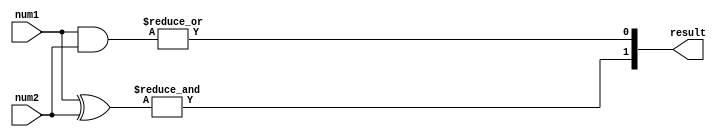
module unsigned_comparator(
    input [7:0] num1,
    input [7:0] num2,
    output [1:0] result
);

wire [7:0] xor_out;
wire [7:0] and_out;
wire greater_than;

assign xor_out = num1 ^ num2;
assign and_out = num1 & num2;

assign greater_than = |and_out;

assign result[0] = greater_than;
assign result[1] = &(xor_out);

endmodule